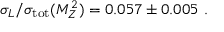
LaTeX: \sigma _ { L } / \sigma _ { \mathrm { t o t } } ( M _ { Z } ^ { 2 } ) = 0 . 0 5 7 \pm 0 . 0 0 5 ~ .